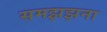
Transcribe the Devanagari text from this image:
समझझना